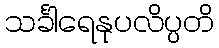
သင်္ခါရေနုပလိပ္ပတိ